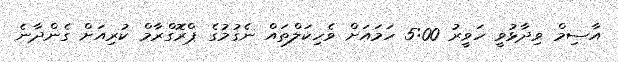
އާސިމް ވިދާޅުވީ ހަވީރު 5:00 ހަމައަށް ވެހިކަލްތައް ނެގުމުގެ ޕްރޮގްރާމް ކުރިއަށް ގެންދާނެ